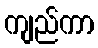
ကျည်ကာ